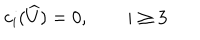
c _ { i } ( \widehat { U } ) = 0 , \qquad i \geq 3